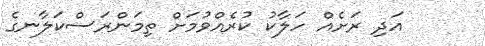
އަދި ރަށެއް ހަލާކު ކުރެއްވުމަށް ތިމަންރަސްކަލާނގެ